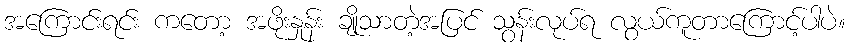
အကြောင်းရင်း ကတော့ အဖိုးနှုန်း ချိုသာတဲ့အပြင် သွန်းလုပ်ရ လွယ်ကူတာကြောင့်ပါပဲ။